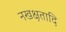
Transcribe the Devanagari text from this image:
नखक्षतादि